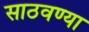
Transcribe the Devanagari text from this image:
साठवण्या